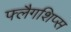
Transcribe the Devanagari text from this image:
फ्लैगशिप्‍स